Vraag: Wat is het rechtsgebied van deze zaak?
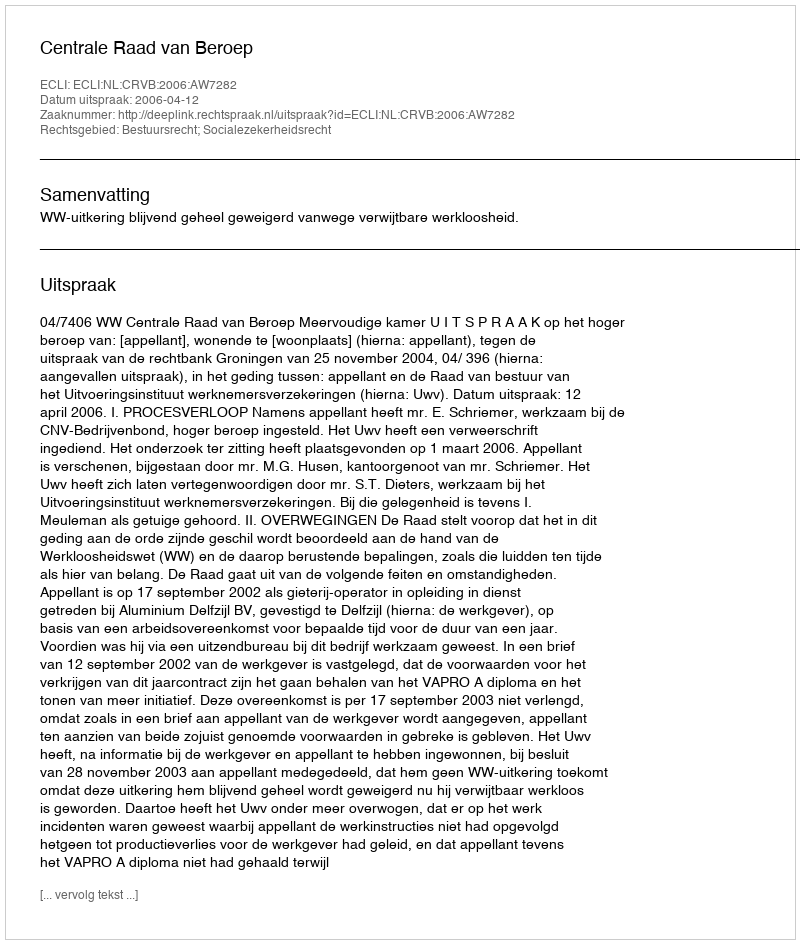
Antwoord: Bestuursrecht; Socialezekerheidsrecht